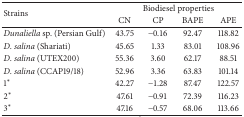
<table><thead><tr><td rowspan="2"><b>Strains</b></td><td colspan="4"><b>Biodiesel properties</b></td></tr><tr><td><b>CN</b></td><td><b>CP</b></td><td><b>BAPE</b></td><td><b>APE</b></td></tr></thead><tbody><tr><td><i>Dunaliella</i> sp. (Persian Gulf)</td><td>43.75</td><td>−0.16</td><td>92.47</td><td>118.82</td></tr><tr><td><i>D</i>. <i>salina</i> (Shariati)</td><td>45.65</td><td>1.33</td><td>83.01</td><td>108.96</td></tr><tr><td><i>D</i>. <i>salina</i> (UTEX200)</td><td>55.36</td><td>3.60</td><td>62.17</td><td>88.51</td></tr><tr><td><i>D</i>. <i>salina</i> (CCAP19/18)</td><td>52.96</td><td>3.36</td><td>63.83</td><td>101.14</td></tr><tr><td>1<sup>*</sup></td><td>42.27</td><td>−1.28</td><td>87.47</td><td>122.57</td></tr><tr><td>2<sup>*</sup></td><td>47.61</td><td>−0.91</td><td>72.39</td><td>116.23</td></tr><tr><td>3<sup>*</sup></td><td>47.16</td><td>−0.57</td><td>68.06</td><td>113.66</td></tr></tbody></table>